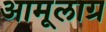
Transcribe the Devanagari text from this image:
अामूलाग्र